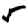
Digit: 5